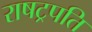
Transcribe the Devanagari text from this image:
राषट्रपति